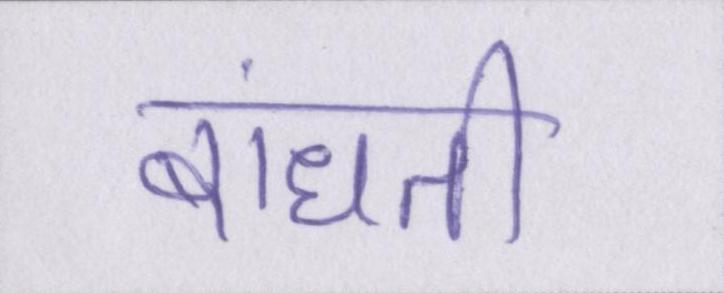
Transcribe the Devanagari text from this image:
बांधती